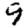
Digit: 9